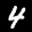
Label: 4